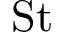
\mathrm { S t }